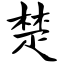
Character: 楚